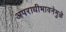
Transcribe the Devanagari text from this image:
अपराधीभावनेमुळे